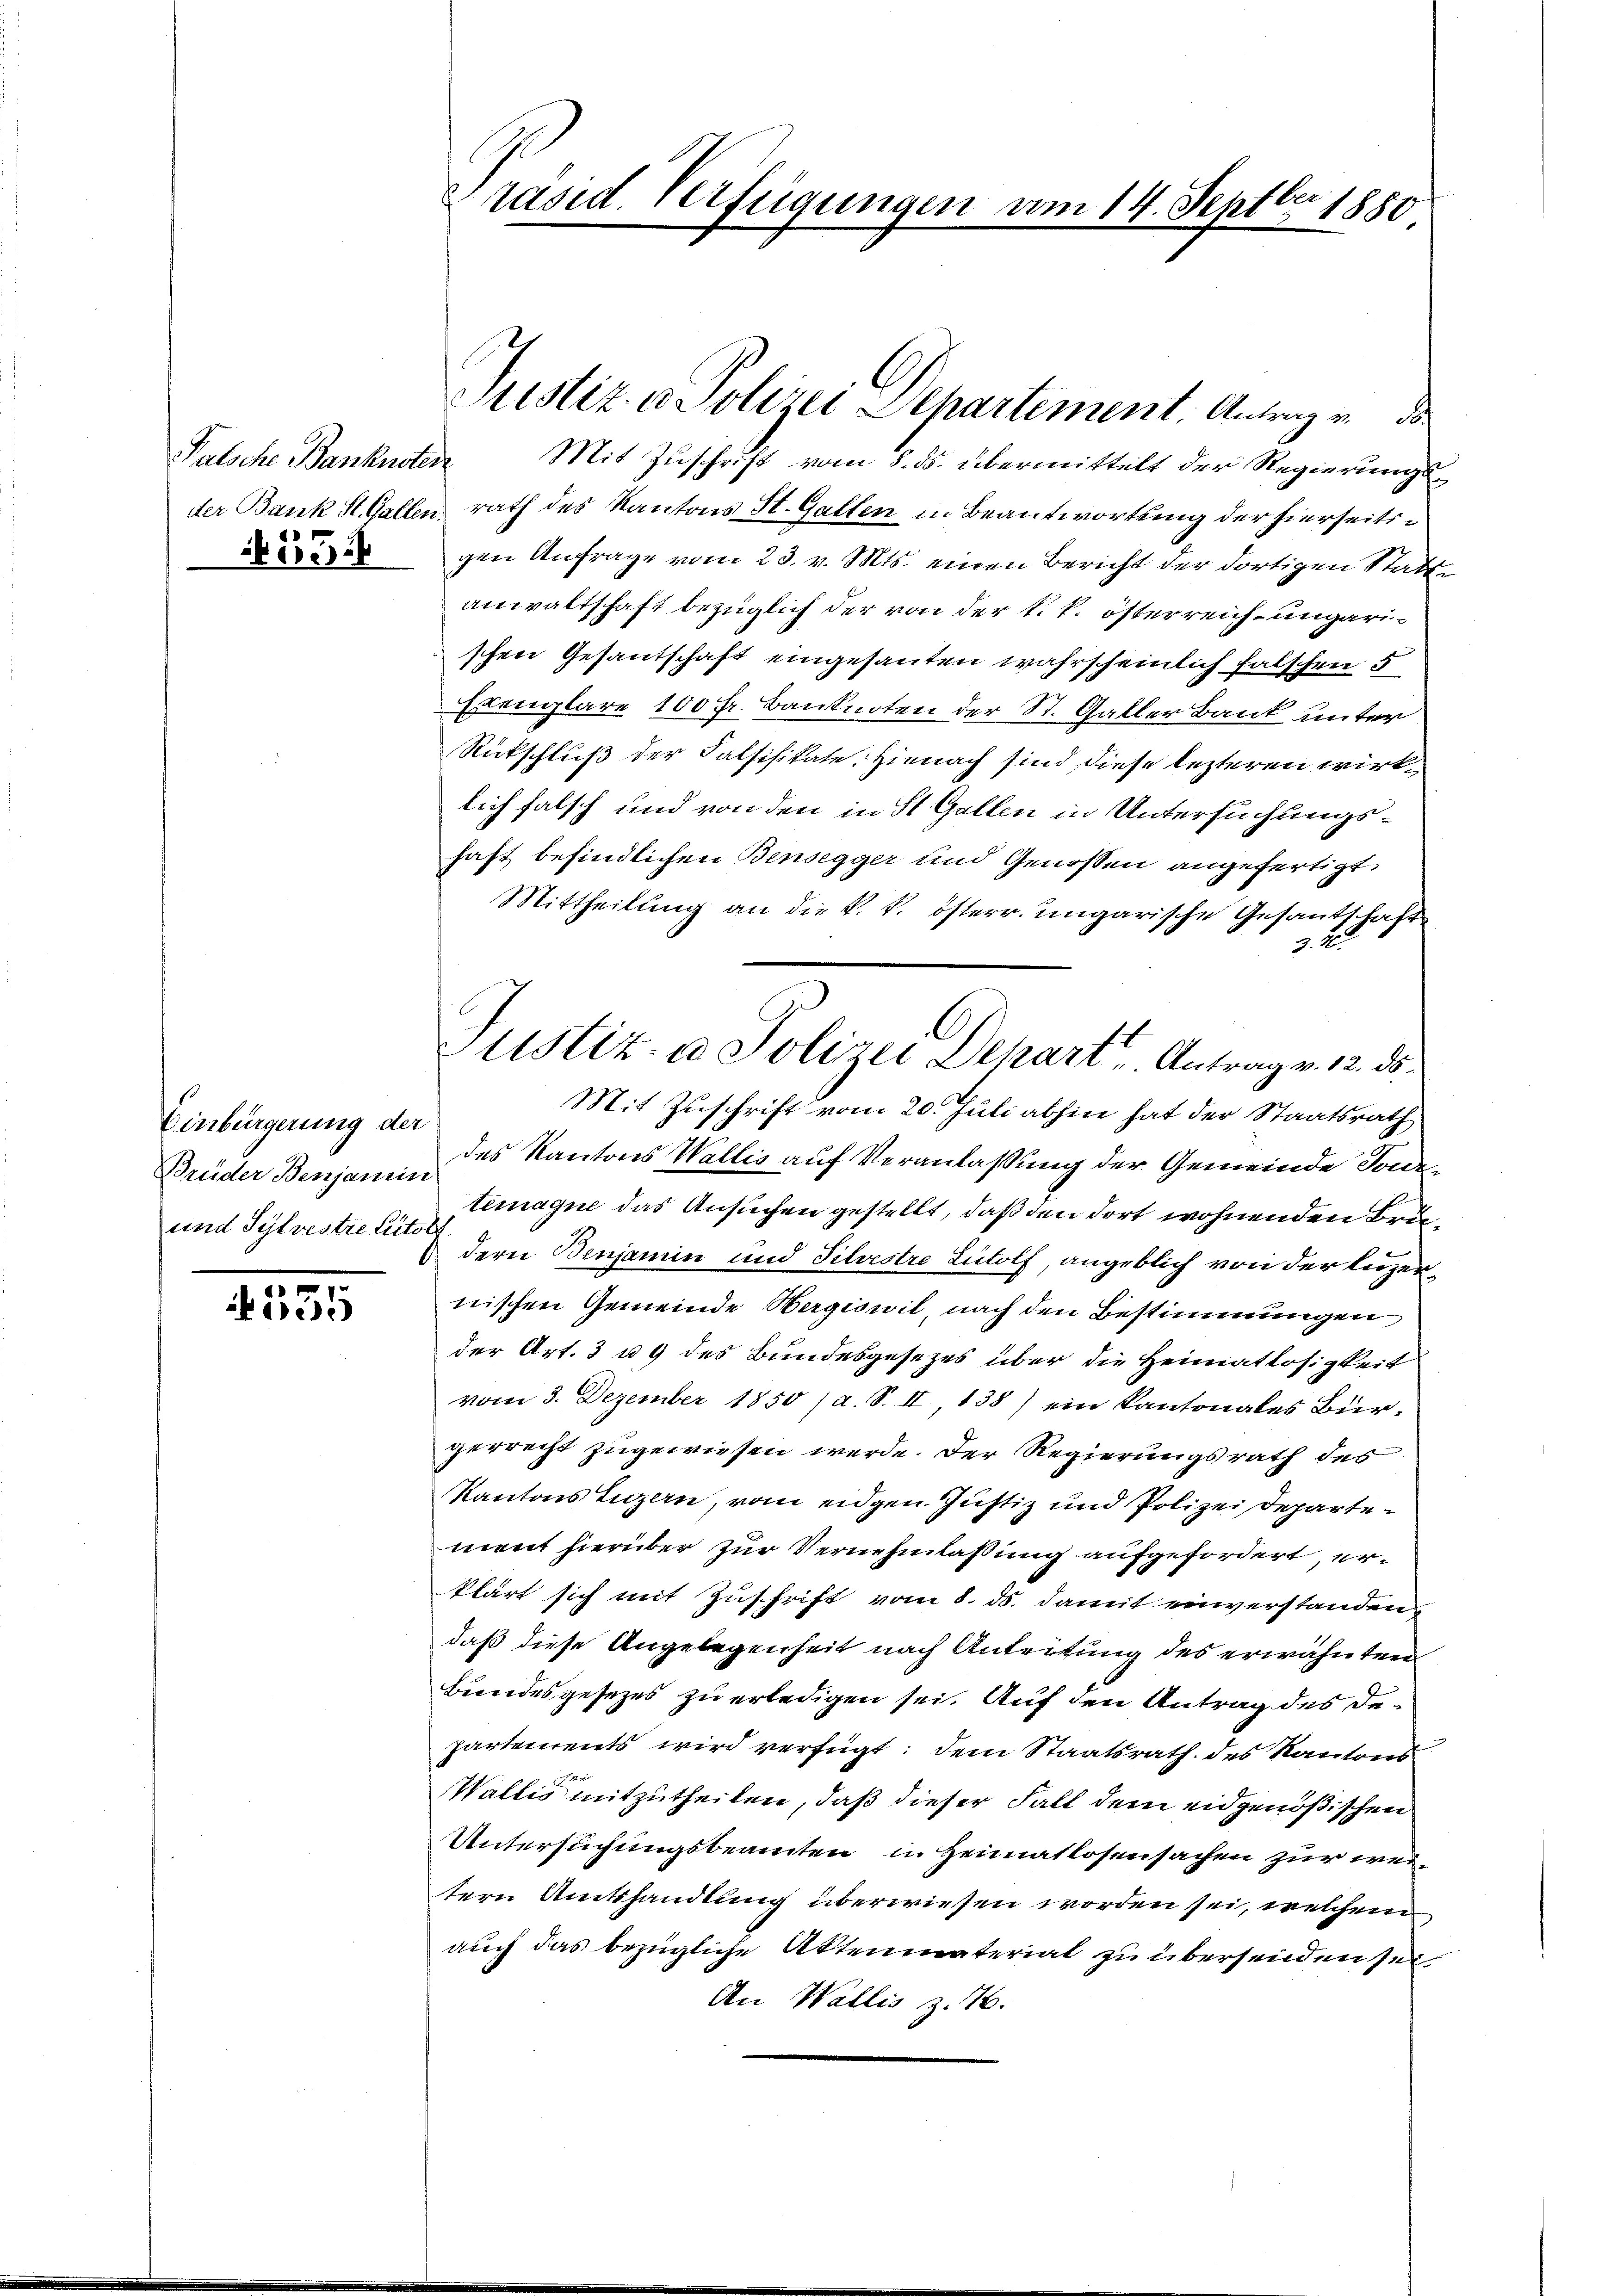
N55

Einbürgerung der
Brüder Benjamin
und Sylvestre titol

27
535

A
Präsid. Verfügungen vom 14. Sept 1850

Patsche Banknoten Mit Zuschrift vom 8. ds. übermittelt der Regierungsder Bank St. Gallen rath des Kantons St. Gallen in Beantwortung der hierseitsgen Anfrage vom 23. v. Mts. einen Bericht der dortigen Stattanwaltschaft bezüglich der von der k. k. österreich- ungarischen Gesantschaft eingesanten wahrscheinlich falschen 5
Exemplare 100 Fr. Banknoten der St. Galler Bank unter
Rückschluß der Falsifikate, Hienach sind diese lezteren wirklich falsch und von den in St. Gallen in Untersuchungshaft befindlichen Bensegger und Genossen angefertigt.
Mittheilung an die k. k. österr. ungarische Gesandtschaft
3. 2
Mit Zuschrift vom 20. Juli abhin hat der Staatsrath
des Kantons Wallis auf Veranlaßung der Gemeinde Tode
timagne das Ansuchen gestellt, daß den dort wohnenden Brudern Benjamin und Silvestre Ludolf, angeblich von der Luzernischen Gemeinde Hergiswil, nach den Bestimmungen
der Art. 3 u 9 des Bundesgesezes über die Heimatlosigkeit
vom 3. Dezember 1850 / a. S. II, 138) ein Kantonales Bür-
gerrecht zugewiesen werde. Der Regierungsrath des
Kantons Luzern, vom eidgen. Justiz und Polizei Departement hierüber zur Vernehmlassung aufgefordert, erklärt sich mit Zuschrift vom 8. ds. damit einverstanden,
daß diese Angelegenheit nach Antritung des erwähnten
Bundesgesezes zu erledigen sei. Auf den Antrag des Departements wird verfügt: dem Staatsrath des Kantons
Wallis mitzutheilen, daß dieser Fall dem eidgenößischen
Untersuchungsbeamten u. Heimatlosensachen zur weitern Amtshandlung überwiesen worden sei, welchem
auch das bezügliche Aktenmateriat zu übersenden sei,
An Wallis z. 16.

Justiz & Polizei Departement. Antrag v. de

Justiz- u Polizei Depart u. Antrag v. 12. ds.